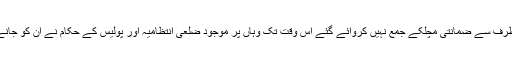
جب تک ملزمان کی طرف سے ضمانتی مچلکے جمع نہیں کروائے گئے اس وقت تک وہاں پر موجود ضلعی انتظامیہ اور پولیس کے حکام نے ان کو جانے کی اجازت نہیں دی۔